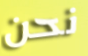
نحن